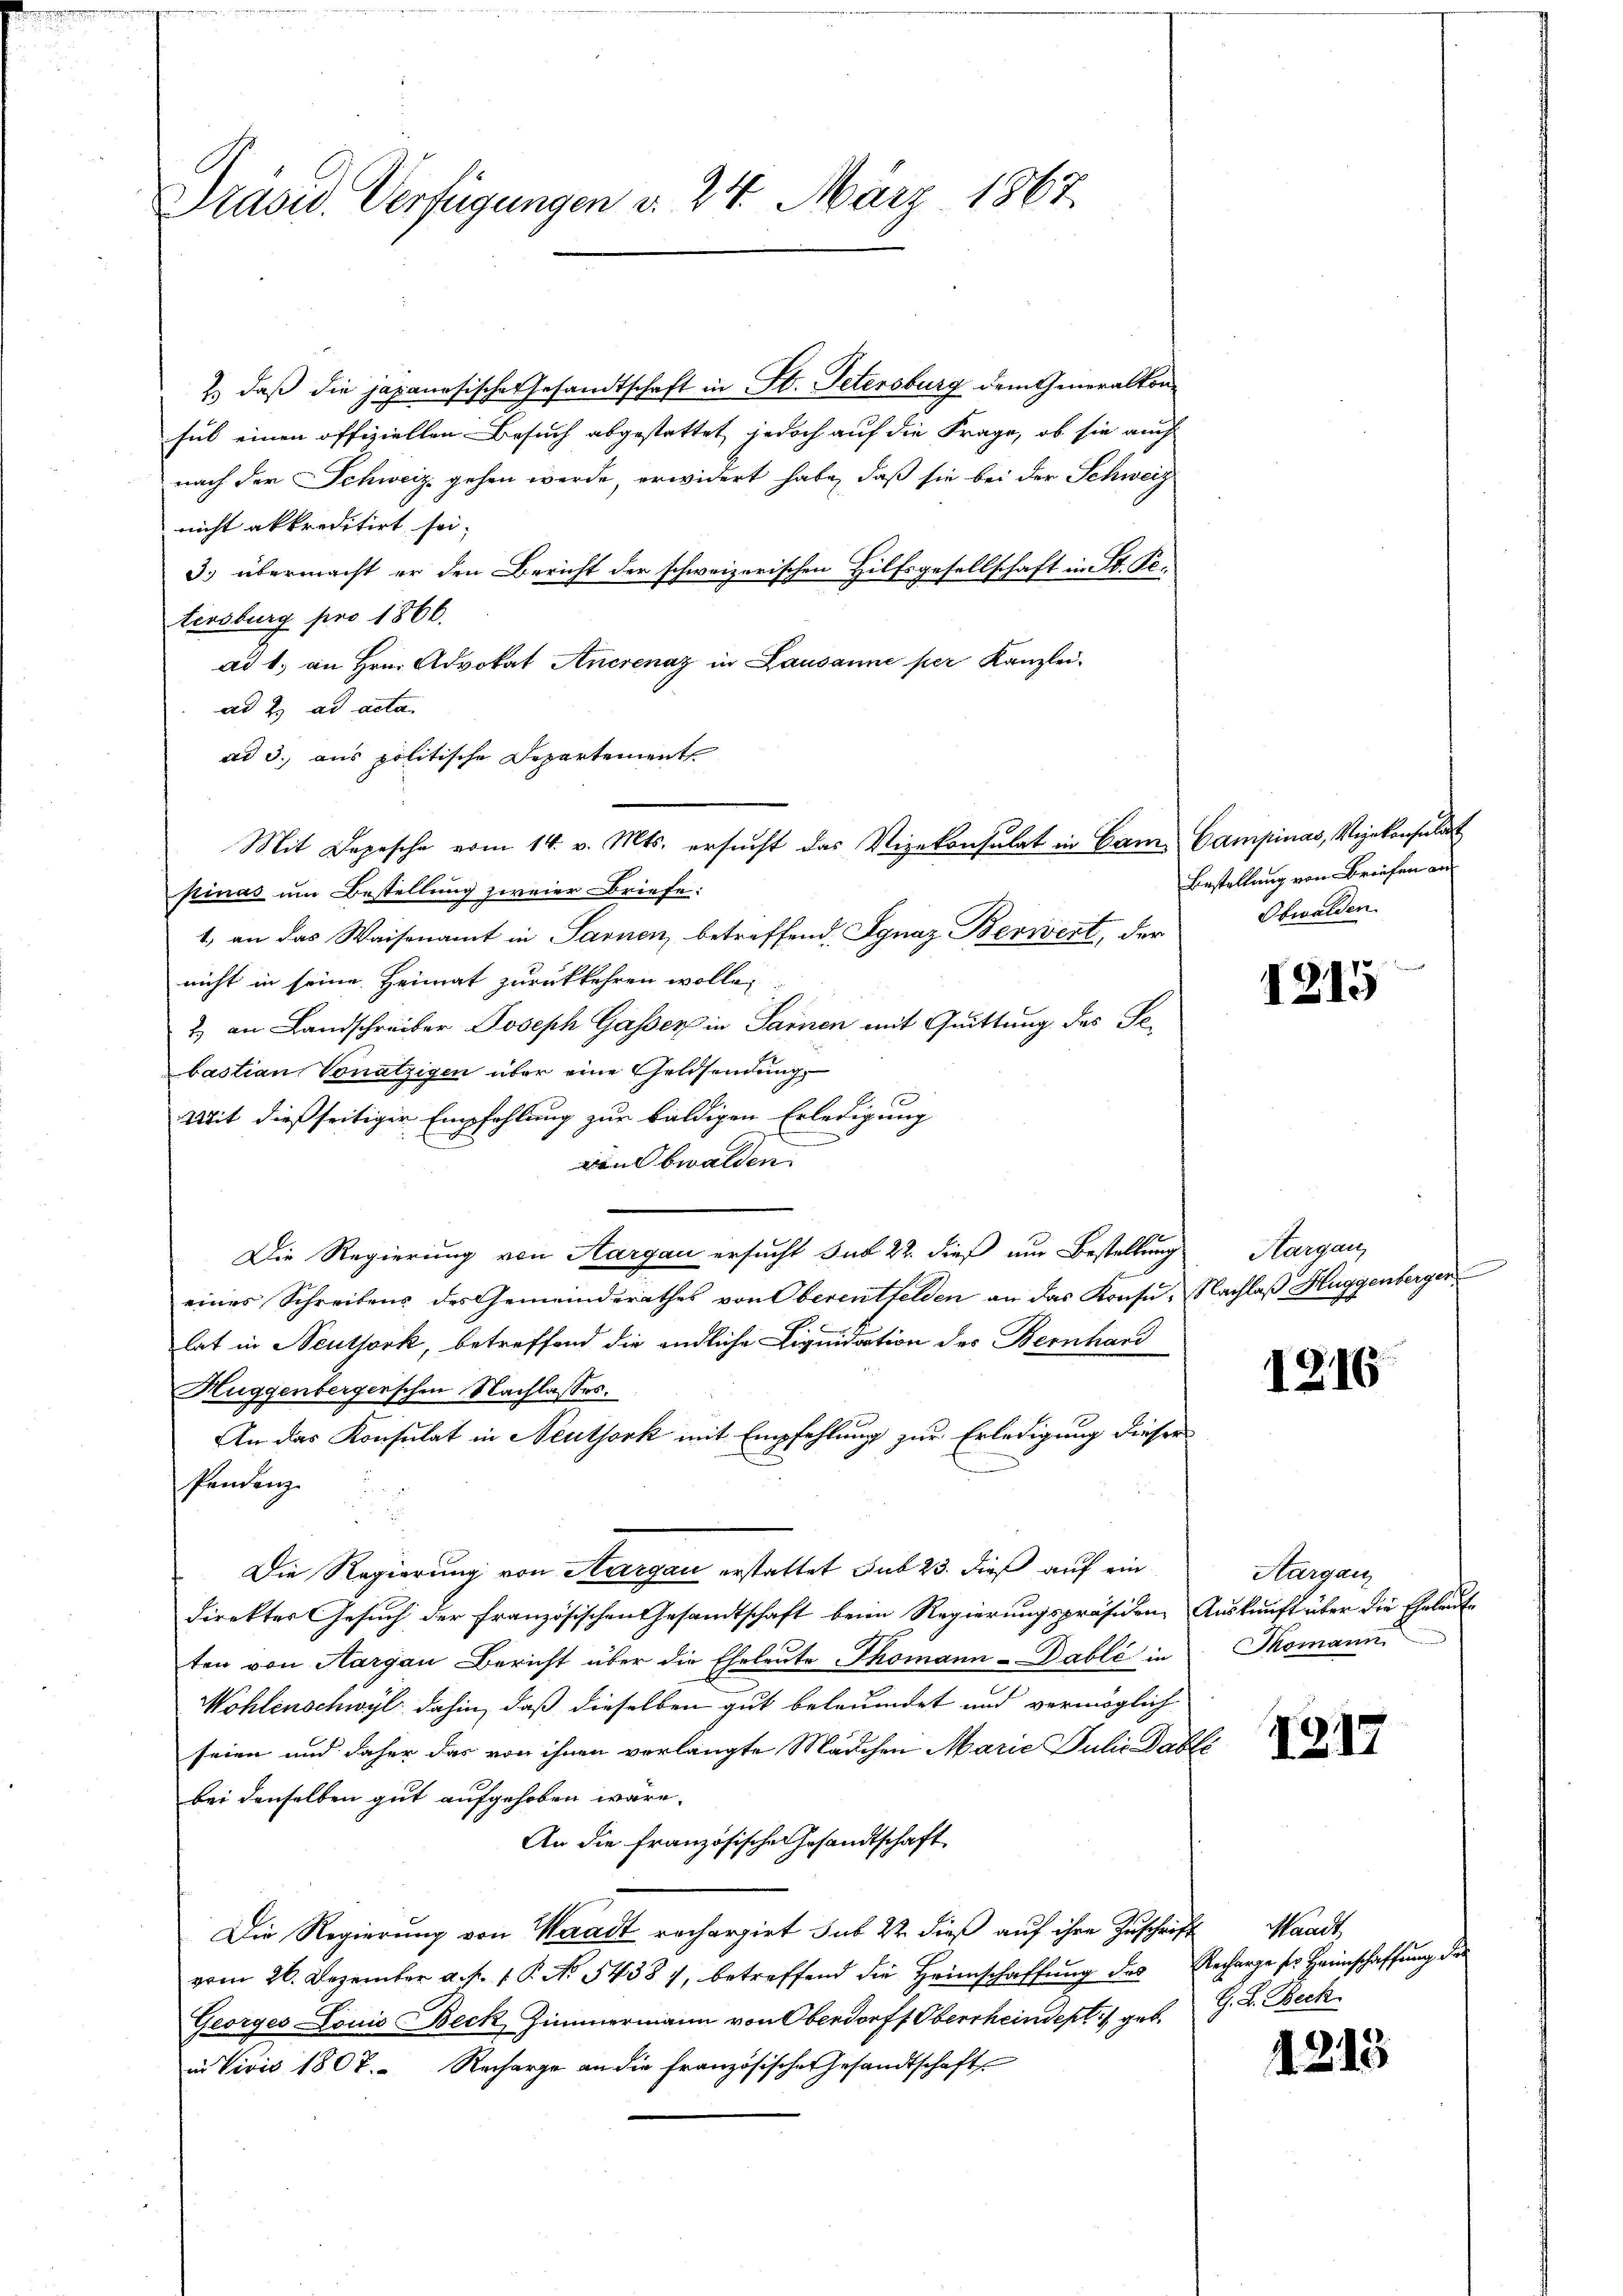
Prasid. Verfügungen d. 24. März 1867.

2) daß die japanesische Gesandtschaft in St. Petersburg dem Generalkonsub einen offiziellen Besuch abgestattet jedoch auf die Frage, ob sie auch
nach der Schweiz. gehen werde, erwidert habe, daß sie bei der Schweiz
nicht akkreditirt sei;
3. übermacht er den Bericht der schweizerischen Hilfsgesellschaft in St. Kotersburg pro 1866.
ad 1. an Hrn. Advokat Anerenaz in Lausanne per Kanzlei-
ad 2. ad acta.
ad 3. aus politische Departement
pinas um Bestellung zweier Briefe:
1. an das Waisenamt in Sarnen betreffend, Ignaz Berwert, der
nicht in seine Heimat zurückkehren wolle,
2) an Landschreiber Joseph Gasser in Sarnen mit Quittung des Gebastian Vonätzigen über eine Geldsendung

Mit dießseitiger Empfehlung zur baldigen Erledigung
en Obwalden
Die Regierung von Aargau ersucht sub 22. dieß um Bestellung Aargau,
eines Schreibens des Gemeinderathes von Oberentfelden an das Konsu- Nachlaß Huggenbergen
lat in Neuthork, betreffend die endliche Liquidation des Bernhard
Huggenbergerschen Nachlasses.
An das Konsulat in Neuthork mit Empfehlung zur Erledigung dieser
Pendenz
Die Regierung von Aargau erstattet sub 23. dieß auf ein
direkter Gesuch der französischen Gesandtschaft beim Regierungspräsiden Auskunft über die Eheleut-
ten von Aargau Bericht über die Eheleute Thomann-Dablé in
Mohlenschwyl dahin, daß dieselben gut beleumdet und vermöglich
seien und daher das von ihnen verlangte Mädchen Marie Julie able
bei denselben gut aufgehoben wäre.
An die Französische Gesandtschaft
Die Regierung von Waadt rechargirt sub 22 dieß auf ihre Zuschrift
vom 26. Dezember a. f. 1 P. No. 54387, betreffend die Heimschaffŭng des Recharge ser Heimschaffŭng der
Georges Louis Beck, Zimmermann von Oberdorff Oberrheindept. 11 geb. G. L. Beck
in Vivis 1807. Recharge an die französischer Gesandtschaft

Mit Depesche vom 14. v. Mts. ersucht das Vizekonsulat in Canze Campinas, Vizekonsulat

Bestellung von Briefen an
Obwalden.

1215

1216

Aargau
Thomann

1217

Waadt,

1213